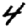
Digit: 4